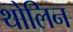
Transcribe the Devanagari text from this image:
थोलिन